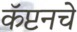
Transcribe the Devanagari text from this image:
कॅप्टनचे